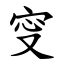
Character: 㝕